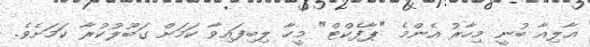
އާލިއާ ބުނީ މިހާރު އެންމެ "ޕާފެކްޓް" މީހާ ލިބިފައިވާ ކަމަށް ގަބޫލުކުރާ ކަމަށެވެ.